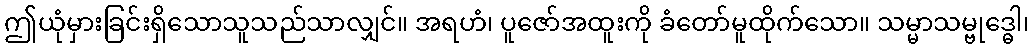
ဤယုံမှားခြင်းရှိသောသူသည်သာလျှင်။ အရဟံ၊ ပူဇော်အထူးကို ခံတော်မူထိုက်သော။ သမ္မာသမ္ဗုဒ္ဓေါ၊